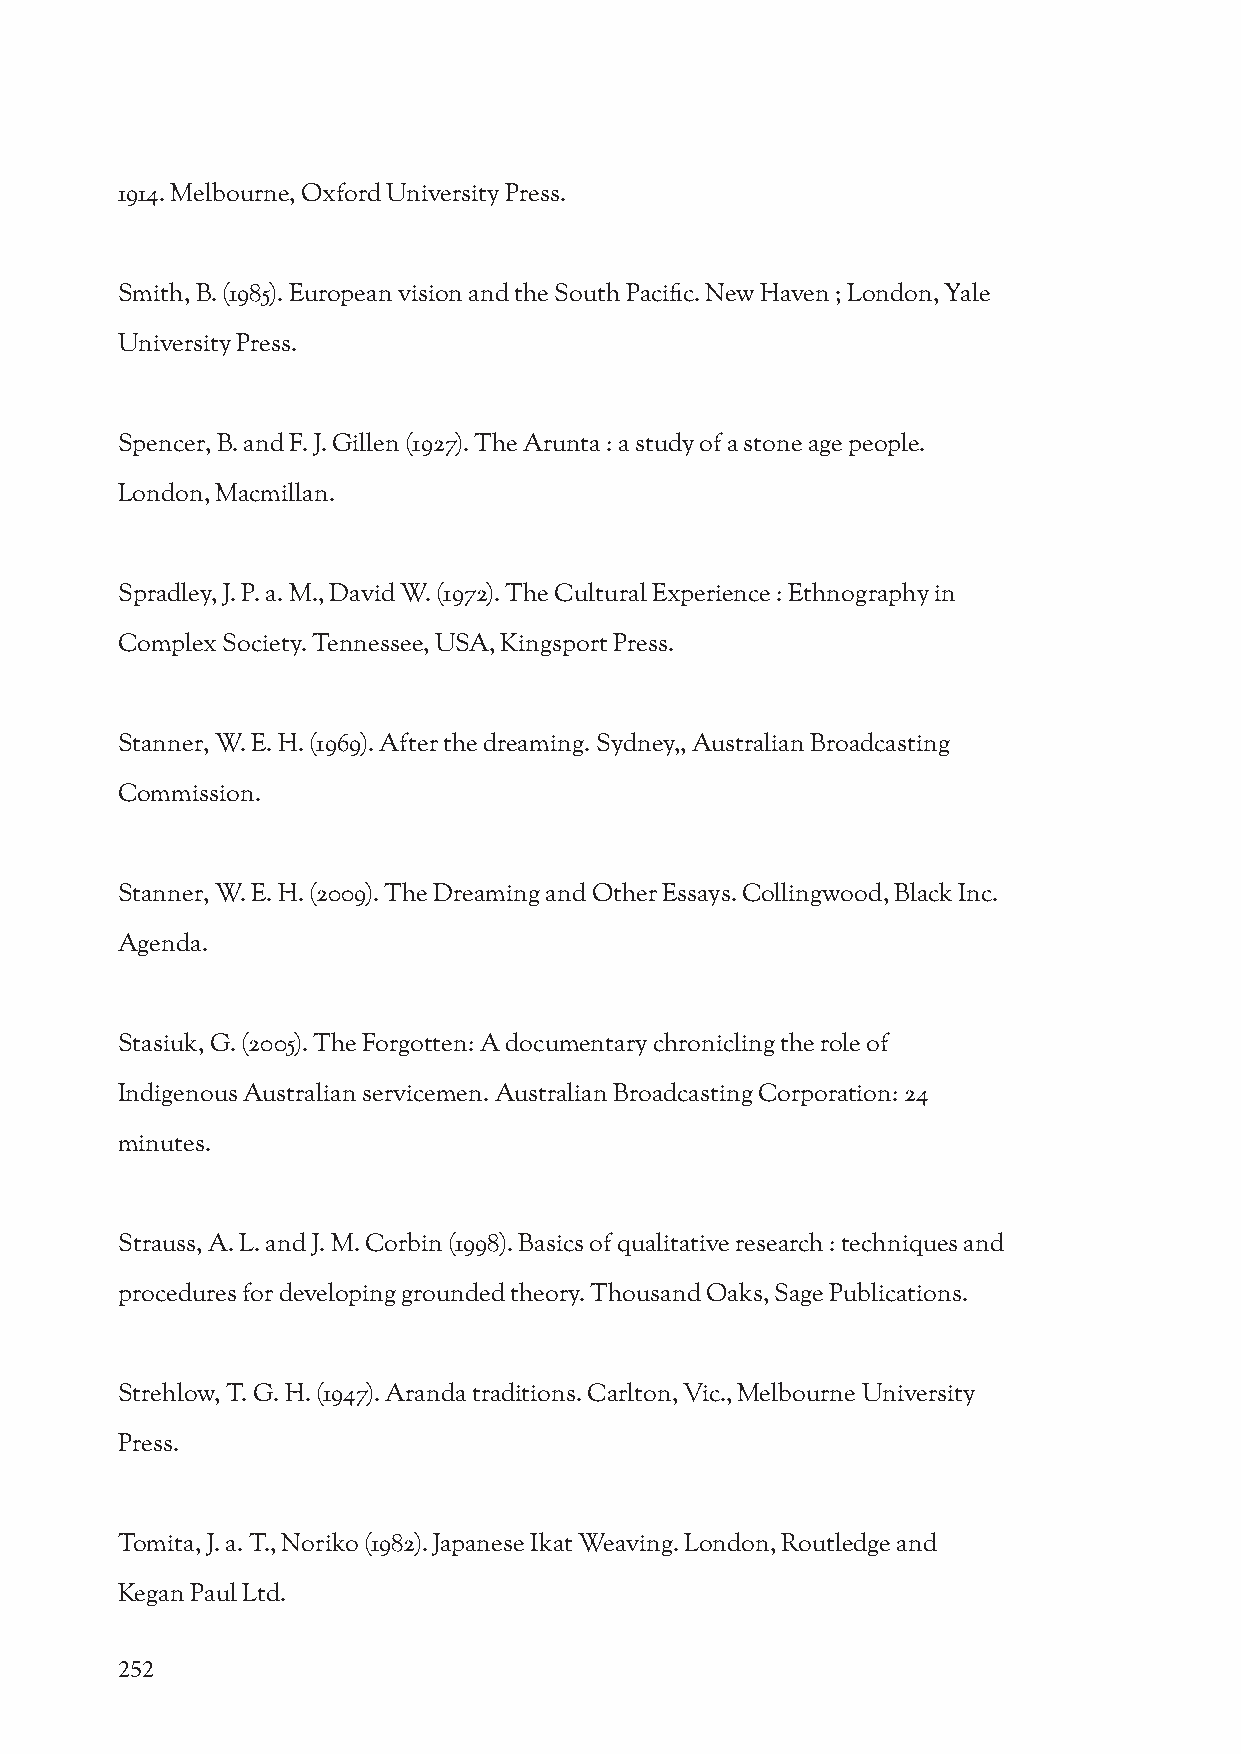
1914. Melbourne, Oxford University Press.
 Smith, B. (1985). European vision and the South Pacific. New Haven ; London, Yale
 University Press.
 Spencer, B. and F. J. Gillen (1927). The Arunta : a study of a stone age people.
 London, Macmillan.
 Spradley, J. P. a. M., David W. (1972). The Cultural Experience : Ethnography in
 Complex Society. Tennessee, USA, Kingsport Press.
 Stanner, W. E. H. (1969). After the dreaming. Sydney,, Australian Broadcasting
 Commission.
 Stanner, W. E. H. (2009). The Dreaming and Other Essays. Collingwood, Black Inc.
 Agenda.
 Stasiuk, G. (2005). The Forgotten: A documentary chronicling the role of
 Indigenous Australian servicemen. Australian Broadcasting Corporation: 24
 minutes.
 Strauss, A. L. and J. M. Corbin (1998). Basics of qualitative research : techniques and
 procedures for developing grounded theory. Thousand Oaks, Sage Publications.
 Strehlow, T. G. H. (1947). Aranda traditions. Carlton, Vic., Melbourne University
 Press.
 Tomita, J. a. T., Noriko (1982). Japanese Ikat Weaving. London, Routledge and
 Kegan Paul Ltd.
 252